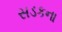
સડકના